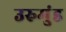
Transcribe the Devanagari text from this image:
उरुमुंड